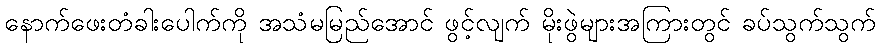
နောက်ဖေးတံခါးပေါက်ကို အသံမမြည်အောင် ဖွင့်လျက် မိုးဖွဲများအကြားတွင် ခပ်သွက်သွက်